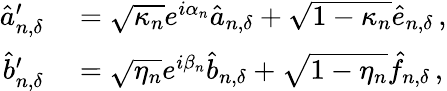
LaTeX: \begin{array}{rl}{\hat{a}_{n,{\delta}}^{\prime}}&{{}=\sqrt{\kappa_{n}}e^{i\alpha_{n}}\hat{a}_{n,{\delta}}+\sqrt{1-\kappa_{n}}\hat{e}_{n,{\delta}}\, ,}\\ {\hat{b}_{n,{\delta}}^{\prime}}&{{}=\sqrt{\eta_{n}}e^{i\beta_{n}}\hat{b}_{n,{\delta}}+\sqrt{1-\eta_{n}}\hat{f}_{n,{\delta}}\, ,}\end{array}